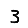
Digit: 3